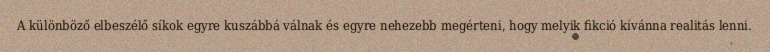
A különböző elbeszélő síkok egyre kuszábbá válnak és egyre nehezebb megérteni, hogy melyik fikció kívánna realitás lenni.